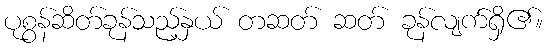
ပုစွန်ဆိတ်ခုန်သည့်နှယ် တဆတ် ဆတ် ခုန်လျက်ရှိ၏။